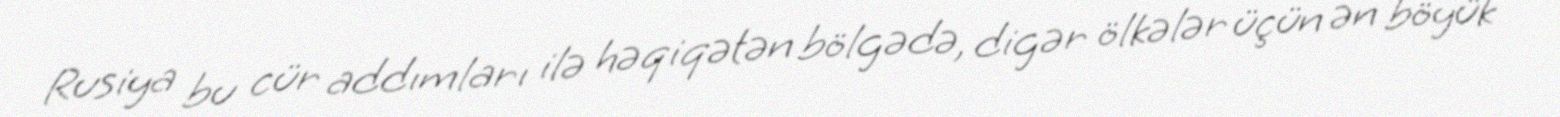
Rusiya bu cür addımları ilə həqiqətən bölgədə, digər ölkələr üçün ən böyük